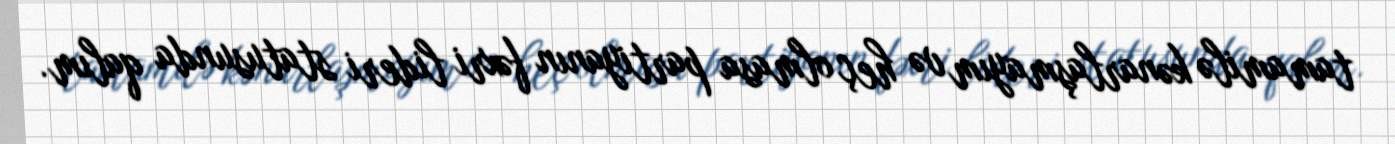
tamamilə kənarlaşmayım və heç olmasa partiyanın fəxri lideri statusunda qalım.